Report on vaccination in Madras 1877-1894 - 1877-1894
Year: 1877
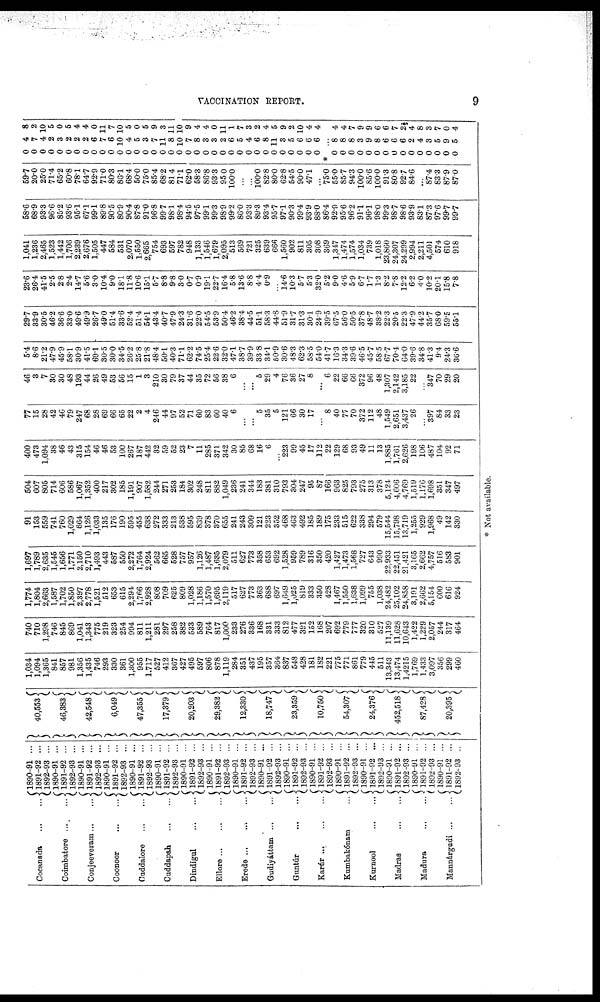
VACCINATION REPORT.
9
Cocanada
...
...
Coimbatore ... ...
Conjeeveram ... ...
Coonoor
...
...
Cuddalore
...
...
Cuddapah
...
...
Dindigul ... ...
Ellore
...
...
...
Erode ... ... ...
Gudiyáttam
...
...
Guntúr
...
...
Karúr ... ... ...
Kumbakónam ...
Kurnool
...
...
Madras
...
...
Madura
...
...
Mannárgudi
...
...
1890-91 ...
1891-92 ...
1892-93 ...
1890-91 ...
1891-92 ...
1892-93 ...
1890-91 ...
1891-92 ...
1892-93 ...
1890-91 ...
1891-92 ...
1892-93 ...
1890-91 ...
1891-92 ...
1892-93 ...
1890-91 ...
1891-92 ...
1892-93 ...
1890-91 ...
1891-92 ...
1892-93 ...
1890-91 ...
1891-92 ...
1892-93 ...
1890-91 ...
1891-92 ...
1892-93 ...
1890-91 ...
1891-92 ...
1892-93 ...
1890-91 ...
1891-92 ...
1892-93 ...
1890-91 ...
1891-92 ...
1892-93 ...
1890-91 ...
1891-92 ...
1892-93 ...
1890-91 ...
1891-92 ...
1892-93 ...
1890-91 ...
1891-92 ...
1892-93 ...
1890-91 ...
1891-92 ...
1892-93 ...
1890-91 ...
1891-92 ...
1892-93 ..
40,553
46,383
42,548
6,049
47,355
17,379
20,203
29,382
12,330
18,747
23,359
10,750
54,307
24,376
452,518
87,428
20,395
1,034
1,094
1,365
841
857
981
1,356
1,435
746
293
330
361
1,300
955
1,717
527
412
367
427
495
597
806
878
1,119
284
351
437
195
357
364
837
548
428
181
182
221
775
771
861
779
445
511
13,343
13,474
1,4215
1,769
1,433
3,097
356
299
460
740
710
1,298
746
845
869
1,041
1,343
775
219
323
254
994
811
1,211
281
297
258
382
533
589
764
817
1,000
233
276
336
168
331
333
812
477
391
152
168
207
692
779
777
320
310
527
11,139
11,628
10,643
1,422
1,229
2,057
244
317
464
1,774
1,804
2,663
1,587
1,702
1,850
2,397
2,778
1,521
512
653
615
2,294
1,766
2,928
808
709
625
809
1,028
1,186
1,570
1,695
2,119
517
627
773
363
688
697
1,649
1,025
819
333
350
428
1,467
1,550
1,638
1,099
755
1,038
24,482
25,102
24,858
3,191
2,662
5,154
600
616
924
1,697
1,789
2,635
1,545
1,656
1,771
2,150
2,710
1,493
443
587
550
2,272
1,764
2,924
562
665
528
757
957
1,126
1,487
1,635
2,079
511
627
773
358
653
692
1,528
959
789
316
350
420
1,427
1,473
1,568
727
643
990
22,933
22,451
21,421
3,165
2,662
4,757
516
583
901
91
153
559
741
760
1,029
664
1,126
1,033
135
176
190
595
455
638
272
333
213
538
595
839
378
370
655
241
243
309
121
223
352
468
463
492
185
189
175
233
515
622
338
294
579
15,544
15,798
13,719
1,255
929
1,968
49
142
330
504
607
805
714
606
586
1,067
1,352
400
217
302
185
1,191
907
1,582
244
271
253
184
302
248
811
882
1,049
236
241
344
183
381
310
793
304
247
95
87
166
963
825
793
275
313
378
5,124
4,606
4,769
1,519
1,176
1,698
351
347
497
400
473
1,094
38
46
43
315
154
46
46
53
100
267
187
442
32
59
52
23
7
11
285
371
342
30
85
68
16
6
...
223
99
45
17
112
22
129
68
93
49
11
13
1,885
1,761
2,626
198
106
487
104
92
71
77
15
28
42
46
79
247
68
28
69
66
65
22
2
4
246
44
97
52
71
60
83
60
40
6
...
...
5
35
5
121
66
30
17
...
8
40
77
70
372
112
48
1,549
2,651
3,437
26
...
397
84
33
23
46
3
7
30
30
48
193
44
26
49
53
56
15
1
3
210
30
79
37
44
35
72
56
38
6
...
...
5
29
4
76
36
27
8
...
6
22
66
66
372
96
48
1,307
2,142
3,185
22
...
347
70
29
20
5.4
8.6
21.2
47.9
45.9
58.1
30.9
41.5
69.1
30.5
30.0
34.5
26.2
25.8
21.8
48.4
50.1
40.3
71.1
62.2
74.5
25.4
22.6
32.0
47.1
38.7
39.9
33.8
34.1
50.9
30.6
48.3
62.3
58.5
54.0
41.7
16.3
34.3
39.6
46.5
45.7
58.5
67.7
70.4
64.0
39.6
34.8
41.3
9.4
24.3
36.6
29.7
33.9
30.5
46.2
36.6
33.0
49.6
49.9
26.7
49.0
51.4
33.6
52.4
51.4
54.1
43.4
40.7
47.9
24.3
31.6
22.0
54.5
53.9
50.4
46.2
38.4
44.5
51.1
58.3
44.8
51.9
31.7
31.3
30.1
24.9
39.5
67.5
56.0
50.5
37.8
48.7
38.2
22.3
20.5
22.3
47.9
44.2
35.7
68.0
59.5
55.1
23.6
26.4
41.5
2.5
2.8
2.4
14.7
5.6
3.0
10.4
9.0
18.1
11.8
10.6
15.1
5.7
8.8
9.8
3.0
0.7
0.9
19.1
22.7
16.4
5.8
13.6
8.8
4.4
0.9
...
14.6
10.3
5.7
5.3
32.0
5.2
9.0
4.6
5.9
6.7
1.7
1.3
8.2
7.8
12.2
6.2
4.0
10.2
20.1
15.8
7.8
1,041
1,236
2,465
1,523
1,442
1,706
2,239
2,676
1,505
447
584
531
2,070
1,550
2,665
754
693
597
782
948
1,133
1,546
1,679
2,095
513
569
721
325
639
666
1,560
902
811
305
308
369
1,347
1,474
1,574
1,034
739
1,018
23,860
24,307
24,299
2,994
2,211
4,501
574
610
918
58.6
68.9
93.3
96.6
85.2
93.6
95.1
67.1
99.1
89.8
90.5
80.9
90.4
87.8
91.0
96.8
99.7
98.1
98.4
94.5
97.5
99.1
99.3
98.9
99.2
86.0
93.3
89.3
93.4
95.7
97.1
90.3
99.4
93.9
88.0
86.4
92.9
95.6
96.2
91.1
96.1
98.0
99.3
98.7
98.6
93.9
83.1
87.3
97.6
99.7
99.7
59.7
20.0
25.0
71.4
65.2
60.8
78.1
64.7
92.9
71.0
80.3
86.1
68.4
50.0
75.0
85.4
68.2
81.4
71.1
62.0
58.3
86.8
93.3
95.0
100.0
...
...
100.0
82.8
80.0
62.8
54.5
90.0
47.1
...
75.0
55.0
85.7
94.3
100.0
85.6
100.0
91.3
80.8
92.7
84.6
...
87.4
83.3
87.9
87.0
0
0
0
0
0
0
0
0
0
0
0
0
0
0
0
0
0
0
0
0
0
0
0
0
0
0
0
0
0
0
0
0
0
0
0
4
7
4
2
3
2
2
2
6
7
6
10
4
5
3
7
11
8
10
7
8
3
3
2
6
5
4
6
8
11
3
5
6
6
6
8
2
10
5
0
5
4
4
0
11
7
10
5
0
5
9
3
11
10
9
4
4
0
11
1
7
3
2
4
5
9
2
10
4
4
* ...
0
0
0
0
0
0
0
0
0
0
0
0
0
0
0
8
8
8
3
9
8
6
6
6
2
4
3
5
9
5
4
4
7
9
9
6
6
7
2½
4
8
3
7
0
4
* Not available.